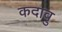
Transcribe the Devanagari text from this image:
कदावु